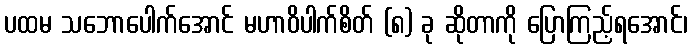
ပထမ သဘောပေါက်အောင် မဟာဝိပါက်စိတ် (၈) ခု ဆိုတာကို ပြောကြည့်ရအောင်၊